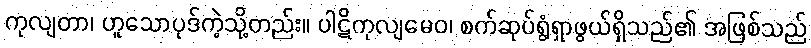
ကုလျတာ၊ ဟူသောပုဒ်ကဲ့သို့တည်း။ ပါဋိကုလျမေဝ၊ စက်ဆုပ်ရွံရှာဖွယ်ရှိသည်၏ အဖြစ်သည်